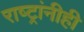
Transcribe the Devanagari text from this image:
राष्ट्रांनीही